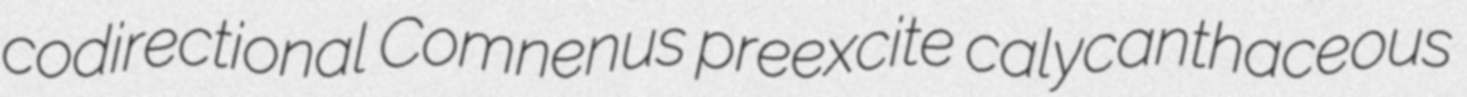
codirectional Comnenus preexcite calycanthaceous